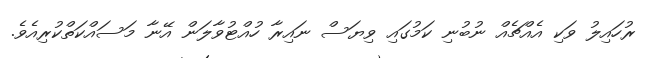
ރުހައިލު ވަކި އެއްޗެއް ނުބުނި ކަމުގައި ވިޔަސް ނައިރާ ހުއްޓުވާލަން އޭނާ މަސައްކަތްކުރިއެވެ.